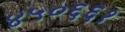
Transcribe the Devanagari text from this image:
४५०६६१